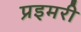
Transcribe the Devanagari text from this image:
प्रइमरी